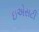
ઇએસટી